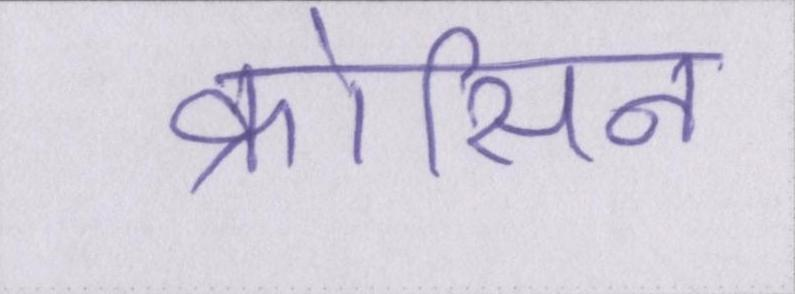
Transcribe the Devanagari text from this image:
क्रोसिन